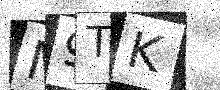
Text: M9TK